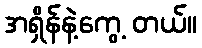
အရှိန်နဲ့ကွေ့ တယ်။